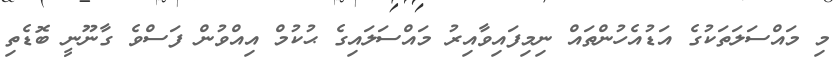
މި މައްސަލަތަކުގެ އަޑުއެހުންތައް ނިމިފައިވާއިރު މައްސަލައިގެ ޙުކުމް އިއްވުން ފަސްވެ ގާނޫނީ ބޮޑެތި